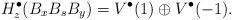
LaTeX: \begin{align*} H_z^\bullet(B_xB_sB_y) = V^\bullet(1) \oplus V^\bullet(-1).\end{align*}